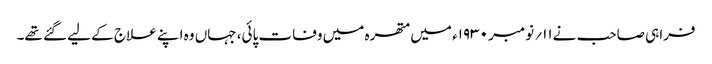
فراہی صاحب نے۱۱؍ نومبر ۱۹۳۰ء میں متھرہ میں وفات پائی، جہاں وہ اپنے علاج کے لیے گئے تھے۔